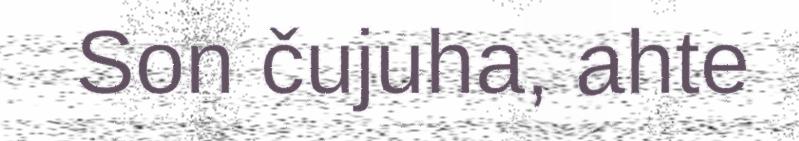
Son čujuha, ahte